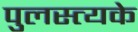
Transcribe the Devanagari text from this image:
पुलस्त्यके